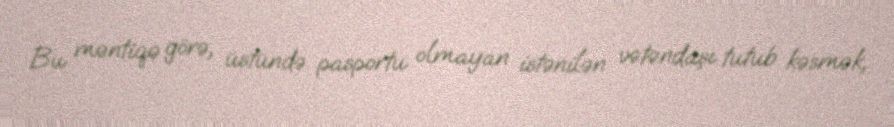
Bu məntiqə görə, üstündə pasportu olmayan istənilən vətəndaşı tutub kəsmək,